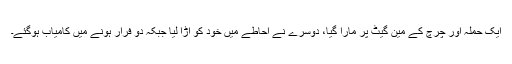
ایک حملہ آور چرچ کے مین گیٹ پر مارا گیا، دوسرے نے احاطے میں خود کو اڑا لیا جبکہ دو فرار ہونے میں کامیاب ہوگئے۔